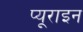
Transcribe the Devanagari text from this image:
प्यूराइन